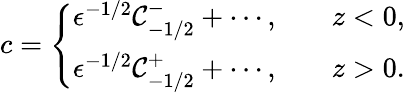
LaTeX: c=\left\{ \begin{array}{ll}{\epsilon^{-1/2}\mathcal{C}_{-1/2}^{-}+\cdots,}&{\quad z<0,}\\ {\epsilon^{-1/2}\mathcal{C}_{-1/2}^{+}+\cdots,}&{\quad z>0.}\end{array}\right.